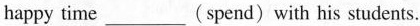
happy time ___ (spend) with his students.